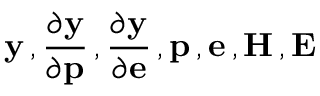
\mathbf { y } \, , \frac { \partial \mathbf { y } } { \partial \mathbf { p } } \, , \frac { \partial \mathbf { y } } { \partial \mathbf { e } } \, , \mathbf { p } \, , \mathbf { e } \, , \mathbf { H } \, , \mathbf { E }